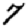
Digit: 7